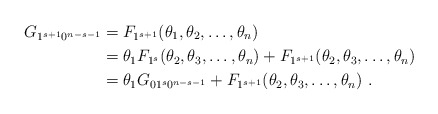
\begin{align*}G_{1^{s+1}0^{n-s-1}} &= F_{1^{s+1}}(\theta_1,\theta_2 ,\ldots,\theta_n) \\&= \theta_1 F_{1^s} (\theta_2, \theta_3, \ldots, \theta_n)+ F_{1^{s+1}}(\theta_2, \theta_3, \ldots, \theta_n) \\&= \theta_1 G_{01^s0^{n-s-1}} + F_{1^{s+1}}(\theta_2, \theta_3, \ldots, \theta_n)~.\end{align*}